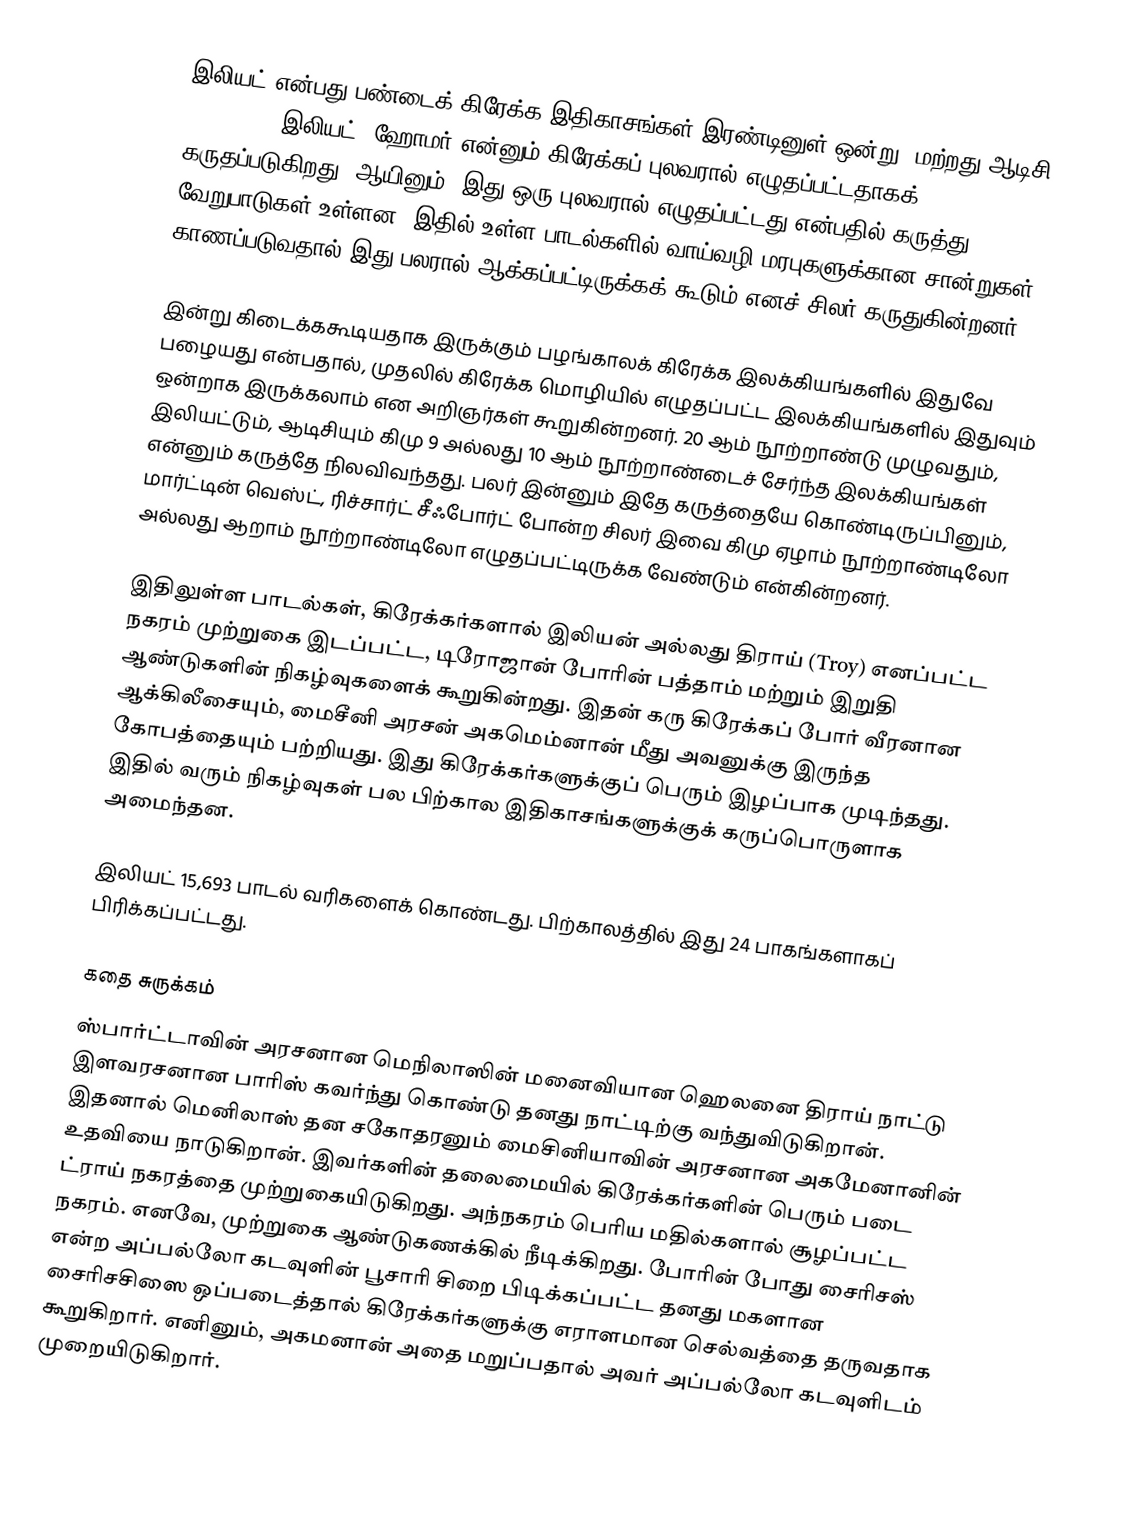
இலியட் என்பது பண்டைக் கிரேக்க இதிகாசங்கள் இரண்டினுள் ஒன்று. மற்றது ஆடிசி (Odyssey).   இலியட், ஹோமர் என்னும் கிரேக்கப் புலவரால் எழுதப்பட்டதாகக் கருதப்படுகிறது.  ஆயினும், இது ஒரு புலவரால் எழுதப்பட்டது என்பதில் கருத்து வேறுபாடுகள் உள்ளன.  இதில் உள்ள பாடல்களில் வாய்வழி மரபுகளுக்கான சான்றுகள் காணப்படுவதால் இது பலரால் ஆக்கப்பட்டிருக்கக் கூடும் எனச் சிலர் கருதுகின்றனர்.

இன்று கிடைக்ககூடியதாக இருக்கும் பழங்காலக் கிரேக்க இலக்கியங்களில் இதுவே பழையது என்பதால், முதலில் கிரேக்க மொழியில் எழுதப்பட்ட இலக்கியங்களில் இதுவும் ஒன்றாக இருக்கலாம் என அறிஞர்கள் கூறுகின்றனர். 20 ஆம் நூற்றாண்டு முழுவதும், இலியட்டும், ஆடிசியும் கிமு 9 அல்லது 10 ஆம் நூற்றாண்டைச் சேர்ந்த இலக்கியங்கள் என்னும் கருத்தே நிலவிவந்தது. பலர் இன்னும் இதே கருத்தையே கொண்டிருப்பினும், மார்ட்டின் வெஸ்ட், ரிச்சார்ட் சீஃபோர்ட் போன்ற சிலர் இவை கிமு ஏழாம் நூற்றாண்டிலோ அல்லது ஆறாம் நூற்றாண்டிலோ எழுதப்பட்டிருக்க வேண்டும் என்கின்றனர்.

இதிலுள்ள பாடல்கள், கிரேக்கர்களால் இலியன் அல்லது திராய் (Troy) எனப்பட்ட நகரம் முற்றுகை இடப்பட்ட,  டிரோஜான் போரின் பத்தாம் மற்றும் இறுதி ஆண்டுகளின் நிகழ்வுகளைக் கூறுகின்றது. இதன் கரு கிரேக்கப் போர் வீரனான ஆக்கிலீசையும், மைசீனி அரசன் அகமெம்னான் மீது அவனுக்கு இருந்த கோபத்தையும் பற்றியது. இது கிரேக்கர்களுக்குப் பெரும் இழப்பாக முடிந்தது. இதில் வரும் நிகழ்வுகள் பல பிற்கால இதிகாசங்களுக்குக் கருப்பொருளாக அமைந்தன.

இலியட் 15,693 பாடல் வரிகளைக் கொண்டது. பிற்காலத்தில் இது 24 பாகங்களாகப் பிரிக்கப்பட்டது.

கதை சுருக்கம்
ஸ்பார்ட்டாவின் அரசனான மெநிலாஸின் மனைவியான ஹெலனை திராய் நாட்டு இளவரசனான பாரிஸ் கவர்ந்து கொண்டு தனது நாட்டிற்கு வந்துவிடுகிறான். இதனால் மெனிலாஸ் தன சகோதரனும் மைசினியாவின் அரசனான அகமேனானின் உதவியை நாடுகிறான். இவர்களின் தலைமையில் கிரேக்கர்களின் பெரும் படை ட்ராய் நகரத்தை முற்றுகையிடுகிறது. அந்நகரம் பெரிய மதில்களால் சூழப்பட்ட நகரம். எனவே, முற்றுகை ஆண்டுகணக்கில் நீடிக்கிறது. போரின் போது  சைரிசஸ் என்ற அப்பல்லோ கடவுளின் பூசாரி சிறை பிடிக்கப்பட்ட தனது மகளான சைரிசசிஸை ஒப்படைத்தால் கிரேக்கர்களுக்கு எராளமான செல்வத்தை தருவதாக கூறுகிறார். எனினும், அகமனான் அதை மறுப்பதால் அவர் அப்பல்லோ கடவுளிடம் முறையிடுகிறார்.